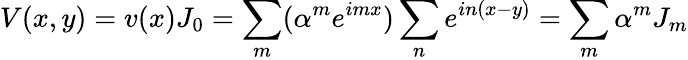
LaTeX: V(x,y)=v(x)J_{0}=\sum_{m}(\alpha^{m}e^{imx})\sum_{n}e^{in(x-y)}=\sum_{m}\alpha^{m}J_{m}